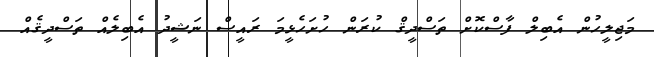
މަޖިލީހުން އެބިލް ފާސްކޮށް ތަސްދީޤް ކުރަން ހުށަހެޅީމަ ރައީސް ނަޝީދު އެބިލެއް ތަސްދީޤެއް